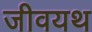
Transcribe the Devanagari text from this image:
जीवयथ